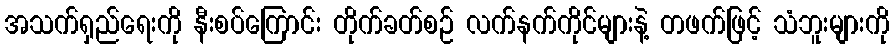
အသက်ရှည်ရေးကို နီးစပ်ကြောင်း တိုက်ခတ်စဉ် လက်နက်ကိုင်များနဲ့ တဖက်ဖြင့် သံဘူးများကို